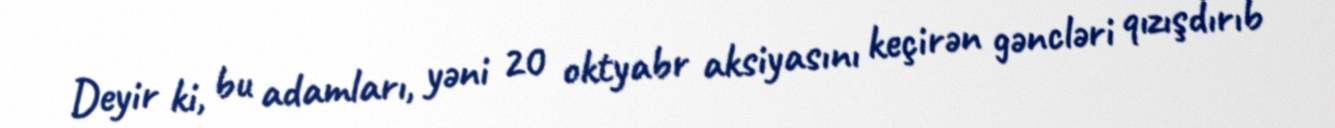
Deyir ki, bu adamları, yəni 20 oktyabr aksiyasını keçirən gəncləri qızışdırıb